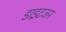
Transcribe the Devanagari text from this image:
डाइटजन